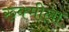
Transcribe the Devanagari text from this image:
रुक्मीला